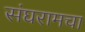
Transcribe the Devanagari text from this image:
संघरामचा